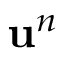
\mathbf { u } ^ { n }